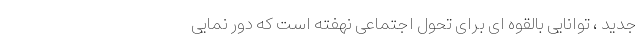
جدید ، توانایی بالقوه ای برای تحول اجتماعی نهفته است که دور نمایی